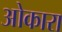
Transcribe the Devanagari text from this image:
ओकारा